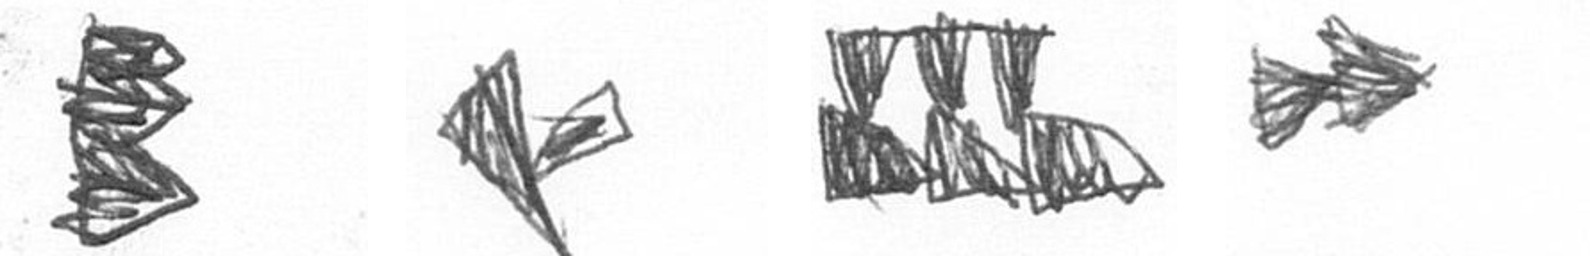
H F D A